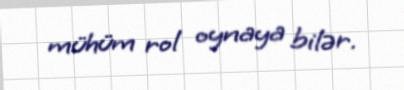
mühüm rol oynaya bilər.